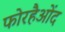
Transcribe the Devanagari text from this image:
फोरहैओंद